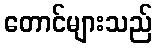
တောင်များသည်